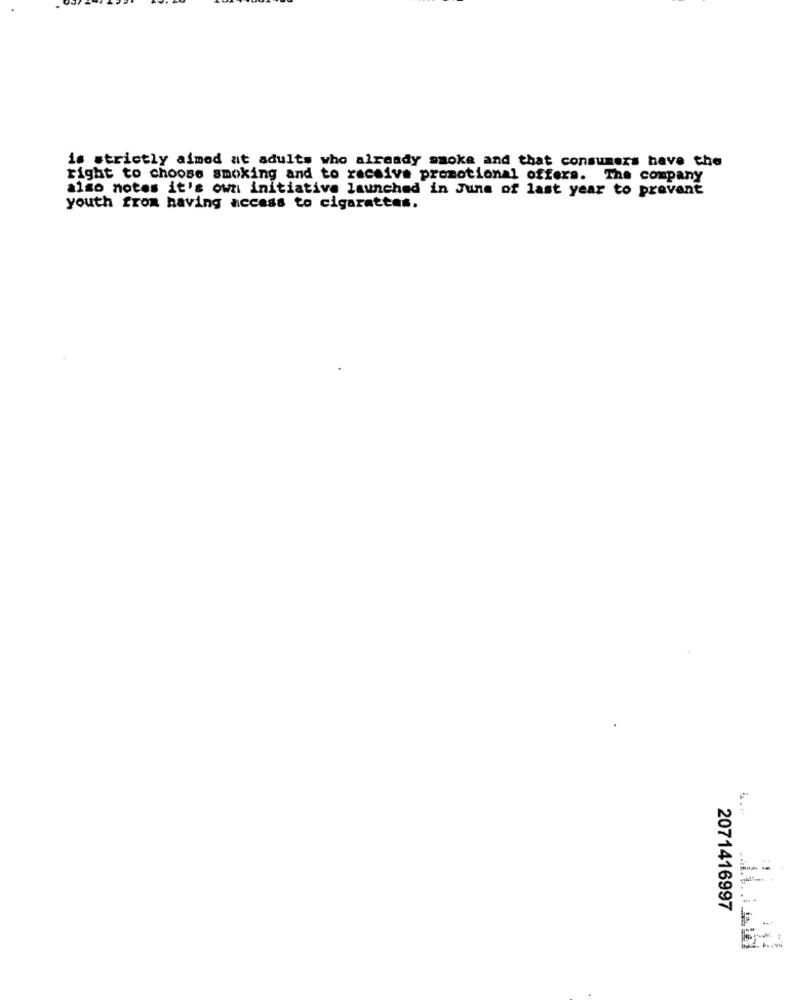
is strictly aimed at adults who already smoke and that consumers have the
right to choose smoking and to receive promotional offers. The company
also notes it's own initiative launched in June of last year to prevent
youth from having access to cigarettes.
2071416997